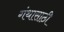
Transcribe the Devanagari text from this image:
गंथासाठी